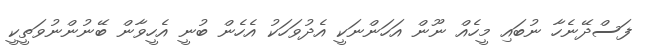
ފަސްދޭނެހާ ނުބައި މީހެއް ނޫން އަހަންނަކީ އެދުވަހަކު އެހެން ބުނީ އެހީވާން ބޭނުންނުވަތީކީ